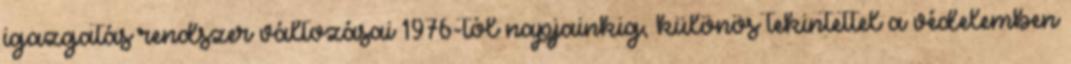
igazgatás rendszer változásai 1976-tól napjainkig, különös tekintettel a védelemben